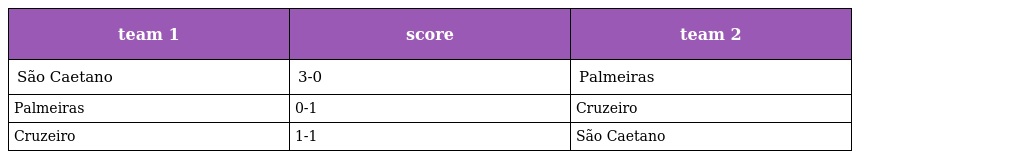
| team 1 | score | team 2 |
 | --- | --- | --- |
 | São Caetano | 3-0 | Palmeiras |
 | Palmeiras | 0-1 | Cruzeiro |
 | Cruzeiro | 1-1 | São Caetano |